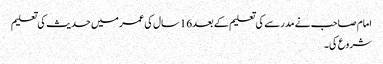
امام صاحب نے مدرسے کی تعلیم کے بعد16سال کی عمر میں حدیث کی تعلیم
شروع کی۔